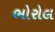
ભોરોલ